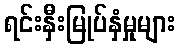
ရင်းနှီးမြုပ်နှံမှုများ